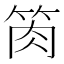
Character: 𥭊